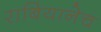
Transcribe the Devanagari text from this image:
राबियानेच